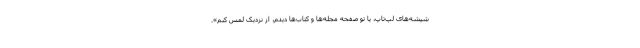
شیشه‌های لپ‌تاپ، یا تو صفحه مجله‌ها و کتاب‌ها دیدم، از نزدیک لمس کنم».